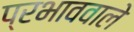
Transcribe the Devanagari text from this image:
प्रभाववाले